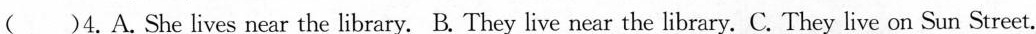
( )4.A.She lives near the library. B.They live near the library. C.They live on Sun Street.